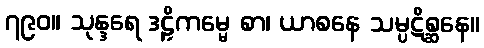
၇၉၀။ သုန္ဒရေ ဒဠှိကမ္မေ စာ၊ ယာစနေ သမ္ပဋိစ္ဆနေ။